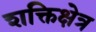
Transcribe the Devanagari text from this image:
शक्तिक्षेत्र